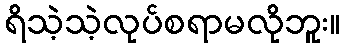
ရိသဲ့သဲ့လုပ်စရာမလိုဘူး။